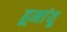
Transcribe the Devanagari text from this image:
हूमांयू